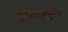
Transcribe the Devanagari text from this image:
चिन्ताकुल